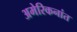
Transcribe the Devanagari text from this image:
अमेरिकनांत